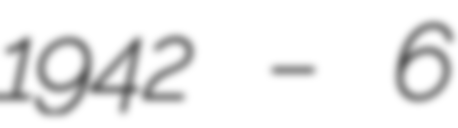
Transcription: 1942 – 6